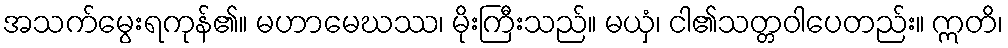
အသက်မွေးရကုန်၏။ မဟာမေဃဿ၊ မိုးကြီးသည်။ မယှံ၊ ငါ၏သတ္တဝါပေတည်း။ ဣတိ၊